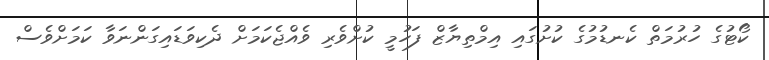
ކޯޓުގެ ހުރުމަތް ކެނޑުމުގެ ކުށުގައި އިމްތިޔާޒް ފަހުމީ ކުށްވެރި ވެއްޖެކަމަށް ދެކިވަޑައިގަންނަވާ ކަމަށްވެސް